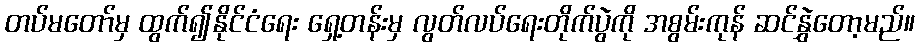
တပ်မတော်မှ ထွက်၍နိုင်ငံရေး ရှေ့တန်းမှ လွတ်လပ်ရေးတိုက်ပွဲကို အစွမ်းကုန် ဆင်နွှဲတော့မည်။